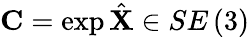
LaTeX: \mathbf{C}=\exp\hat{\mathbf{X}}\in SE\left(3\right)